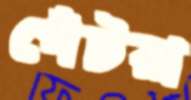
পেঁটরা